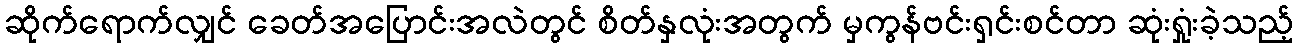
ဆိုက်ရောက်လျှင် ခေတ်အပြောင်းအလဲတွင် စိတ်နှလုံးအတွက် မှကွန်ဗင်းရှင်းစင်တာ ဆုံးရှုံးခဲ့သည့်